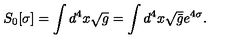
S _ { 0 } [ \sigma ] = \int d ^ { 4 } x \sqrt { g } = \int d ^ { 4 } x \sqrt { \bar { g } } e ^ { 4 \sigma } .